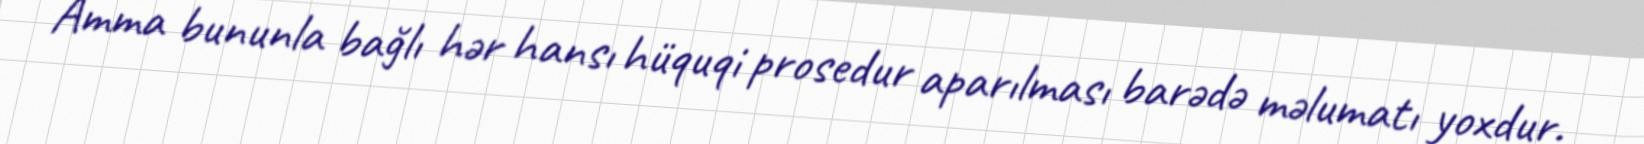
Amma bununla bağlı hər hansı hüquqi prosedur aparılması barədə məlumatı yoxdur.